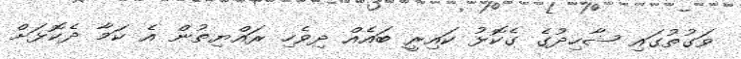
ވަގުތުގައި ޝާހިދުގެ ގެކޮޅު ކައިރީ ބައެއް ދިވެހި ރައްޔިތުން އެ ކަމާ ދެކޮޅަށް